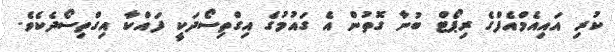
ކުރި އައިއެމްއެފްގެ ރިޕޯޓް ބުނާ ގޮތުން އެ ގައުމުގެ އިގްތިސޯދަކީ ފައްކާ އިގްތިސޯދެކެވެ.